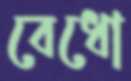
বেধো